Note on the mental hospitals in Burma - 1925-1940
Year: 1925
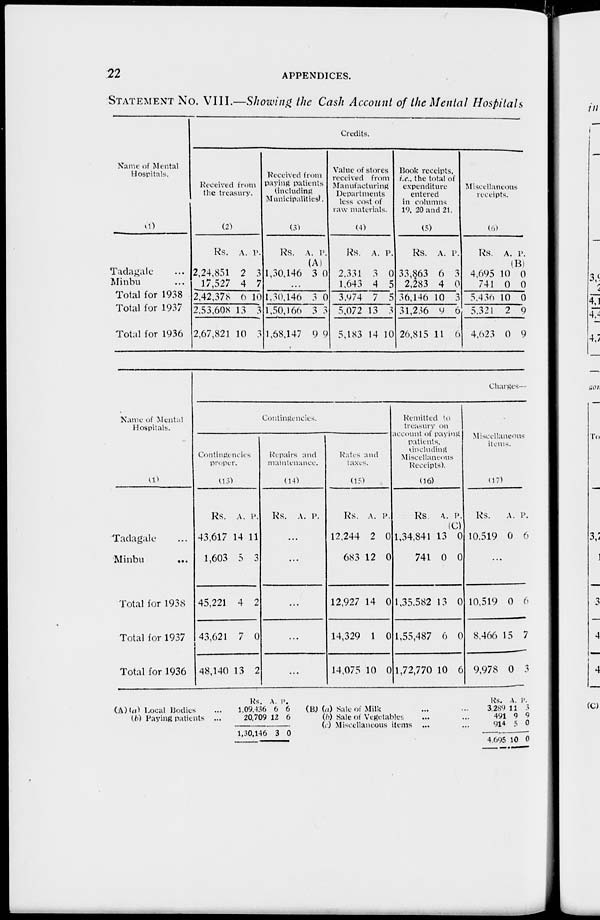
22
APPENDICES.
STATEMENT NO. VIII.—Showing the Cash Account of the Mental Hospitals
Name of Mental
Hospitals.
(1)
Tadagale ...
Minbu ...
Total for 1938
Total for 1937
Total for 1936
Credits.
Received from
the treasury.
(2)
Rs.
2,24,851
17,527
2,42,378
2,53,608
2,67,821
A.
2
4
6
13
10
P.
3
7
10
3
3
Received from
paying patients
(including
Municipalities).
(3)
Rs.
1,30,146
A.
(A)
3
P.
0
...
1,30,146
1,50,166
1,68,147
3
3
9
0
3
9
Value of stores
received from
Manufacturing
Departments
less cost of
raw materials.
(4)
Rs.
2,331
1,643
3,974
5,072
5,183
A.
3
4
7
13
14
P.
0
5
5
3
10
Book receipts,
i.e., the total of
expenditure
entered
in columns
19, 20 and 21.
(5)
Rs.
33,863
2,283
36,146
31,236
26,815
A.
6
4
10
9
11
P.
3
0
3
6
6
Miscellaneous
receipts.
(6)
Rs.
4,695
741
5,436
5,321
4,623
A.
10
0
10
2
0
P.
(B)
0
0
0
9
9
Name of Mental
Hospitals.
(1)
Tadagale ...
Minbu ...
Total for 1938
Total for 1937
Total for 1936
Charges—
Contingencies.
Contingencies
proper.
(13)
Rs.
43,617
1,603
45,221
43,621
48,140
A.
14
5
4
7
13
P.
11
3
2
0
2
Repairs and
maintenance.
(14)
Rs. A. P.
...
...
...
...
...
Rates and
taxes.
(15)
Rs.
12,244
683
12,927
14,329
14,075
A.
2
12
14
1
10
P.
0
0
0
0
0
Remitted to
treasury on
account of paying
patients,
including
Miscellaneous
Receipts).
(16)
Rs
1,34,841
741
1,35,582
1,55,487
1,72,770
A.
13
0
13
6
10
P.
(C)
0
0
0
0
6
Miscellaneous
items.
(17)
Rs.
10,519
A.
0
P.
6
...
10,519
8,466
9,978
0
15
0
6
7
3
(A) (a) Local Bodies ...
(b) Paying patients ...
Rs.
1,09,436
20,709
1,30,146
A.
6
12
3
P.
6
6
0
(B) (a) Sale of Milk ... ...
(b) Sale of Vegetables ... ...
(c) Miscellaneous items ... ...
Rs.
3,289
491
914
4,605
A.
11
9
5
10
P.
3
9
0
0